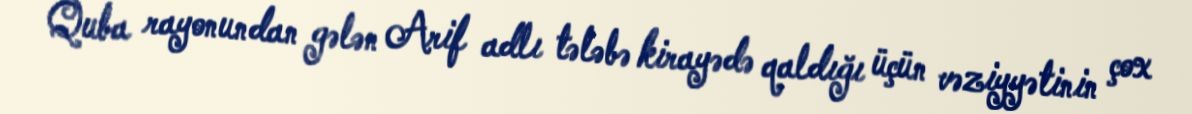
Quba rayonundan gələn Arif adlı tələbə kirayədə qaldığı üçün vəziyyətinin çox